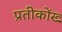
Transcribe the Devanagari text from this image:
प्रतीकोंख्‍